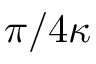
\pi / 4 \kappa